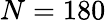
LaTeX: N=180